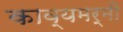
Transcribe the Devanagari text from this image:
काव्यमर्मी